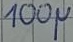
Text: 100µ